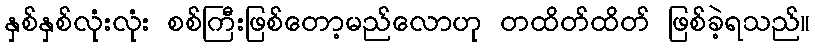
နှစ်နှစ်လုံးလုံး စစ်ကြီးဖြစ်တော့မည်လောဟု တထိတ်ထိတ် ဖြစ်ခဲ့ရသည်။